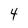
Character: 4